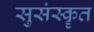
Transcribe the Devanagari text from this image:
सुसंस्कॄत